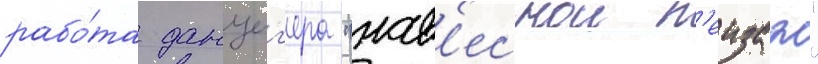
рабо́та данциг'ера "нав'еснои п'еизаж"